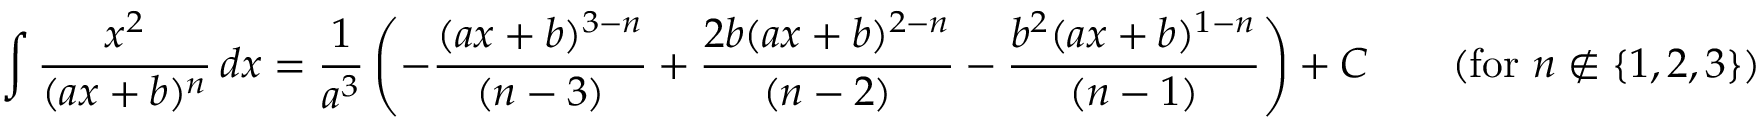
\int { \frac { x ^ { 2 } } { ( a x + b ) ^ { n } } } \, d x = { \frac { 1 } { a ^ { 3 } } } \left( - { \frac { ( a x + b ) ^ { 3 - n } } { ( n - 3 ) } } + { \frac { 2 b ( a x + b ) ^ { 2 - n } } { ( n - 2 ) } } - { \frac { b ^ { 2 } ( a x + b ) ^ { 1 - n } } { ( n - 1 ) } } \right) + C \qquad { \mathrm { ( f o r ~ } } n \not \in \{ 1 , 2 , 3 \} { \mathrm { ) } }